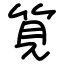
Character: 筧